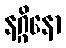
နဂ္ဂိနော